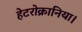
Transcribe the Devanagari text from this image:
हेटरोक्रानिया।